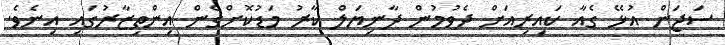
ސަޖަން އުޅޭ ގެއާ ކައިރިއަށް ދެވުމުން ދާނިޔަލް ކާރު މަޑުކޮށްގެން އިންތިޒާރުގައި އިނެވެ.